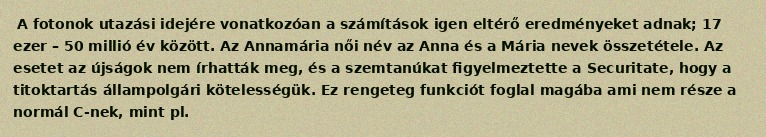
A fotonok utazási idejére vonatkozóan a számítások igen eltérő eredményeket adnak; 17 ezer – 50 millió év között. Az Annamária női név az Anna és a Mária nevek összetétele. Az esetet az újságok nem írhatták meg, és a szemtanúkat figyelmeztette a Securitate, hogy a titoktartás állampolgári kötelességük. Ez rengeteg funkciót foglal magába ami nem része a normál C-nek, mint pl.